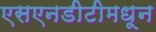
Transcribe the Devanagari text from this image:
एसएनडीटीमधून